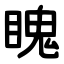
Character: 䁛